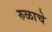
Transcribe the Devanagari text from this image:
रुळाचे